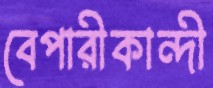
বেপারীকান্দী